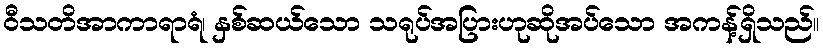
ဝီသတိအာကာရာရံ၊ နှစ်ဆယ်သော သရုပ်အပြားဟုဆိုအပ်သော အကန့်ရှိသည်။